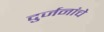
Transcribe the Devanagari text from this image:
दुर्जनांचे